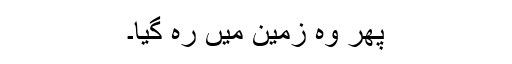
پھر وہ زمین میں رہ گیا۔